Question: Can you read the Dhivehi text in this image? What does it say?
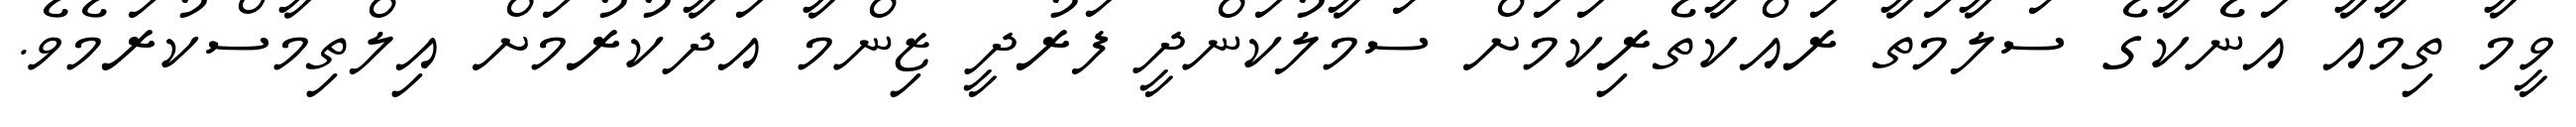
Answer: ވީމާ ތިމާއާ އަނެކާގެ ސަލާމަތާ ރައްކާތެރިކަމަށް ސަމާލުކަންދީ ފަރުދީ ޒިންމާ އަދާކުރުމަށް އިލްތިމާސްކުރަމެވެ.